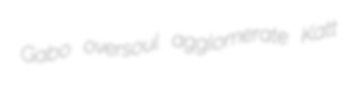
Gabo oversoul agglomerate Katt